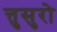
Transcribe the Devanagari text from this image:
त्तुसुरो